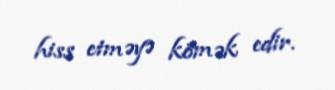
hiss etməyə kömək edir.